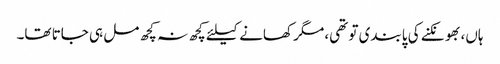
ہاں، بھونکنے کی پابندی تو تھی، مگر کھانے کیلئے کچھ نہ کچھ مل ہی جاتا تھا۔